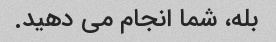
بله، شما انجام می دهید.